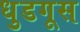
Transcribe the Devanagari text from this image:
धुडगूस